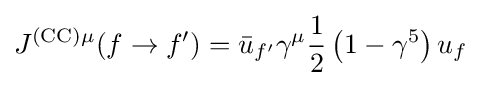
J^{\mathrm {(CC)\mu } }(f\to f')={\bar {u}}_{f'}\gamma ^{\mu }{\frac {1}{2}}\left(1-\gamma ^{5}\right)u_{f}